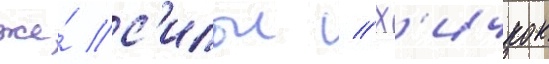
же́ с'илои // Х'ичкок